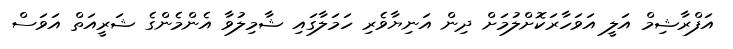
އަފްރާޝިމް އަލީ އަވަހާރަކޮށްލުމަށް ދިން އަނިޔާވެރި ހަމަލާގައި ޝާމިލުވާ އެންމެންގެ ޝަރީއަތް އަވަސް